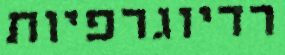
רדיוגרפיות